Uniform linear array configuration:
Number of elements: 32
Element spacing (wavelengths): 0.75
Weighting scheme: binomial
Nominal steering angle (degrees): -60
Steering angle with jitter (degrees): -60.926
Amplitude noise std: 0.05
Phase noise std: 0.05

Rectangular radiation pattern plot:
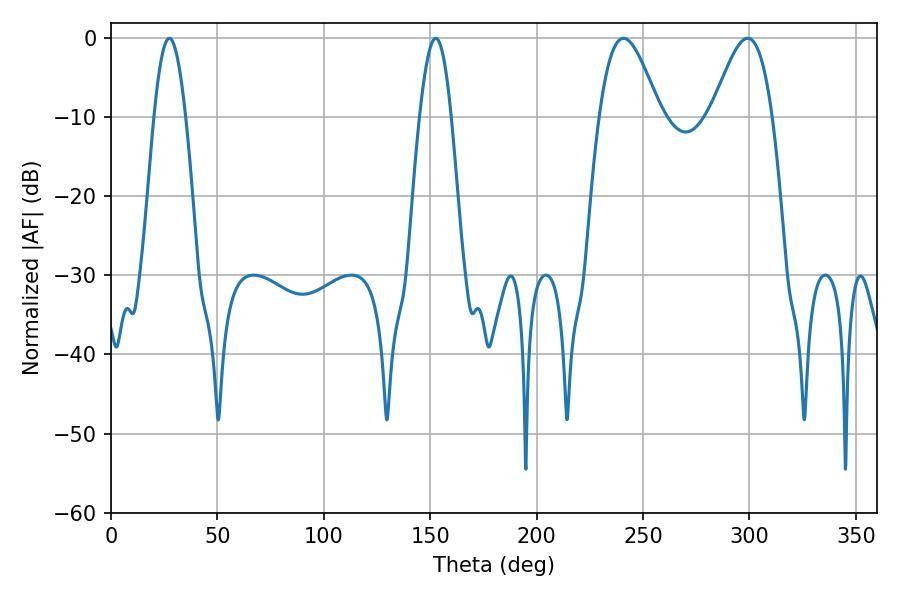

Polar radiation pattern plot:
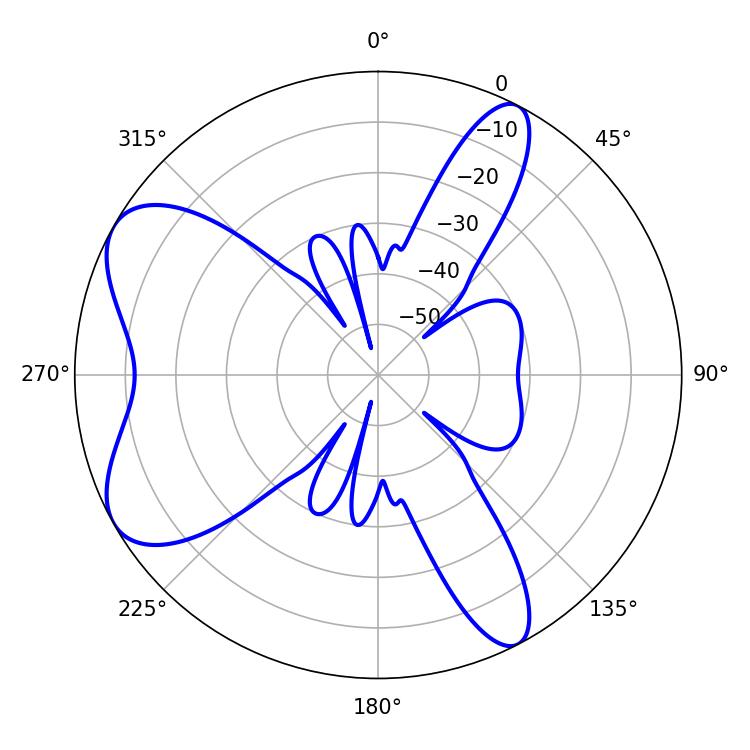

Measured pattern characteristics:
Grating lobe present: TRUE
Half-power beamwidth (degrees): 15.3
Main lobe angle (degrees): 240.84